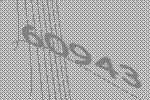
60943